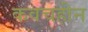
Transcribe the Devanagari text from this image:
कवचहीन